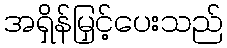
အရှိန်မြှင့်ပေးသည်